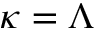
\kappa = \Lambda